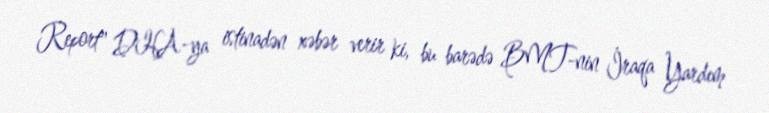
Report" DHA-ya istinadən xəbər verir ki, bu barədə BMT-nin İraqa Yardım